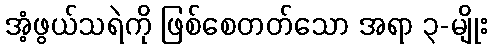
အံ့ဖွယ်သရဲကို ဖြစ်စေတတ်သော အရာ ၃-မျိုး